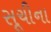
સૂચીના